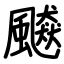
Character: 飇